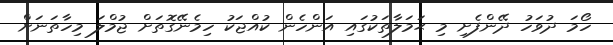
ހޯމަ ދުވަހު ދޭންފެށި މި ޙަމަލާތަކުގައި އަންހެން ކުއްޖަކު ހިމެނޭގޮތަށް ޖުމްލަ މިހާތަނަށް